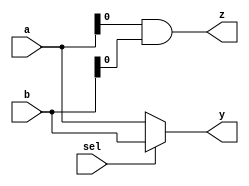
module combinational_logic (
    input wire [3:0] a,      // 4-bit input
    input wire [3:0] b,      // 4-bit input
    input wire sel,          // 1-bit select input
    output reg [3:0] y,      // 4-bit output
    output reg z             // 1-bit output
);

    // Combinational logic block
    always @(*) begin
        // Example logic: Multiplexer functionality
        // If sel is 0, output 'a', else output 'b'
        y = (sel == 1'b0) ? a : b;

        // Example additional logic: AND operation
        z = a[0] & b[0]; // Output z is the AND of the least significant bits of a and b
    end

endmodule